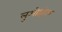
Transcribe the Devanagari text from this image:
लुओझोऊ